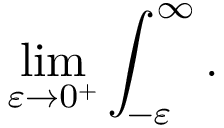
\operatorname* { l i m } _ { \varepsilon \rightarrow 0 ^ { + } } \int _ { - \varepsilon } ^ { \infty } .